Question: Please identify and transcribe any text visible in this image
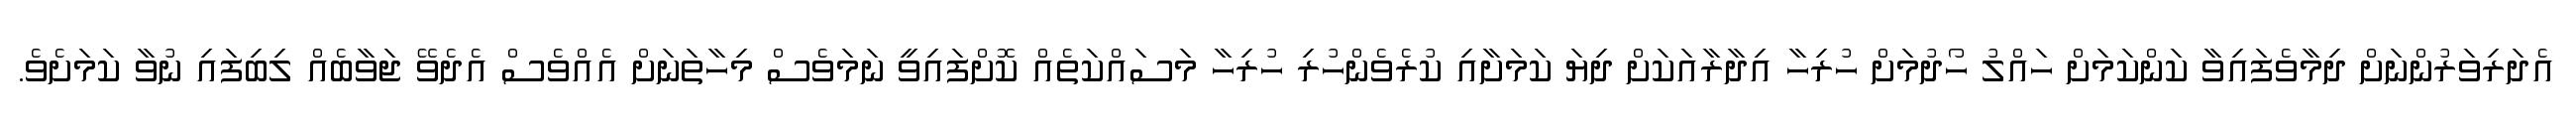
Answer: އެދަރިވަރުންނަށް ދިމާވެފައިވާ ކަންކަމަށް ހައްލު ހޯދުމަށް ހުރިހާ އިދާރާއަކަށް ދިޔަ ކަމަށާއި ކުރެވެންހުރި ހުރިހާ މަސައްކަތެއް ކޮށްފައިވީ ނަމަވެސް މިހާތަނަށް އެއްވެސް އެދެވޭ ޖަވާބެއް ލިބިފައި ނުވާ ކަމަށެވެ.